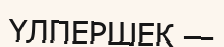
ҮЛПЕРШЕК —